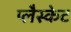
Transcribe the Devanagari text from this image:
प्लैस्केट